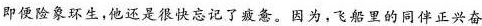
即便险象环生，他还是很快忘记了疲惫。因为，飞船里的同伴正兴奋